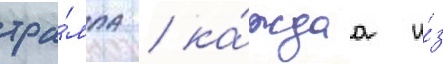
тра́мпа / ка́ждаа и́з